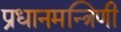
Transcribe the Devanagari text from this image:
प्रधानमन्त्रिणी